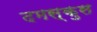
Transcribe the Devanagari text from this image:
दमस्कुस